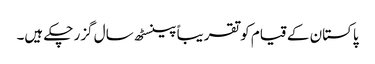
پاکستان کے قیام کو تقریباً پینسٹھ سال گزر چکے ہیں۔